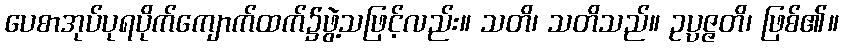
ပေစာအုပ်ပုရပိုက်ကျောက်ထက်၌ဖွဲ့သဖြင့်လည်း။ သတိ၊ သတိသည်။ ဥပ္ပဇ္ဇတိ၊ ဖြစ်၏။